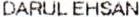
DARUL EHSAN